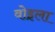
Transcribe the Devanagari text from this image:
वोइला